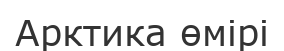
Арктика өмірі